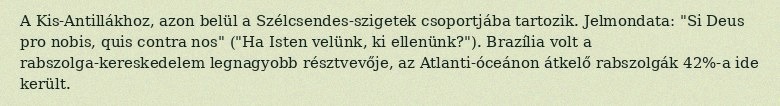
A Kis-Antillákhoz, azon belül a Szélcsendes-szigetek csoportjába tartozik. Jelmondata: "Si Deus pro nobis, quis contra nos" ("Ha Isten velünk, ki ellenünk?"). Brazília volt a rabszolga-kereskedelem legnagyobb résztvevője, az Atlanti-óceánon átkelő rabszolgák 42%-a ide került.